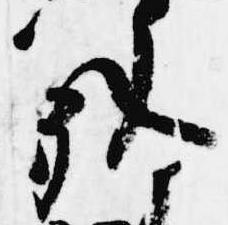
外